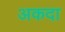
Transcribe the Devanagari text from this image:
अकदा